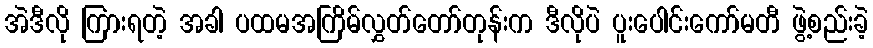
အဲဒီလို ကြားရတဲ့ အခါ ပထမအကြိမ်လွှတ်တော်တုန်းက ဒီလိုပဲ ပူးပေါင်းကော်မတီ ဖွဲ့စည်းခဲ့